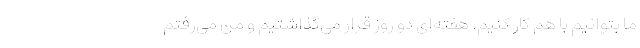
ما بتوانیم با هم کار کنیم. هفته‌ای دو روز قرار می‌گذاشتیم و من می‌رفتم